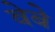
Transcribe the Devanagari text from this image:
वेबे